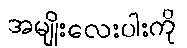
အမျိုးလေးပါးကို